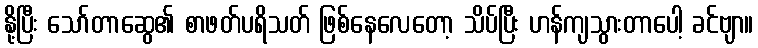
နို့ပြီး သော်တာဆွေ၏ စာဖတ်ပရိသတ် ဖြစ်နေလေတော့ သိပ်ပြီး ဟန်ကျသွားတာပေါ့ ခင်ဗျာ။